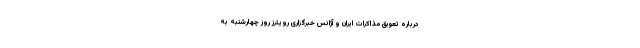
درباره تعویق مذاکرات ایران و آژانس خبرگزاری رویترز روز چهارشنبه به